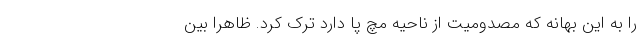
را به این بهانه که مصدومیت از ناحیه مچ پا دارد ترک کرد. ظاهرا بین